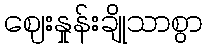
ဈေးနှုန်းချိုသာစွာ